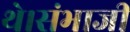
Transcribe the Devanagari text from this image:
थे।संभाजी